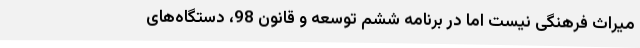
میراث فرهنگی نیست اما در برنامه ششم توسعه و قانون 98، دستگاه‌های